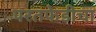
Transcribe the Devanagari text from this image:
परतफेडीचा